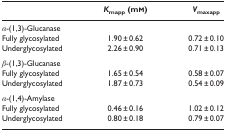
|  | Kmapp (mm) | Vmaxapp |
 | --- | --- | --- |
 | α-(1,3)-Glucanase |  |  |
 | Fully glycosylated | 1.90 ± 0.62 | 0.72 ± 0.10 |
 | Underglycosylated | 2.26 ± 0.90 | 0.71 ± 0.13 |
 | β-(1,3)-Glucanase |  |  |
 | Fully glycosylated | 1.65 ± 0.54 | 0.58 ± 0.07 |
 | Underglycosylated | 1.87 ± 0.73 | 0.54 ± 0.09 |
 | α-(1,4)-Amylase |  |  |
 | Fully glycosylated | 0.46 ± 0.16 | 1.02 ± 0.12 |
 | Underglycosylated | 0.80 ± 0.18 | 0.79 ± 0.07 |